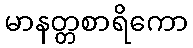
မာနတ္တစာရိကော